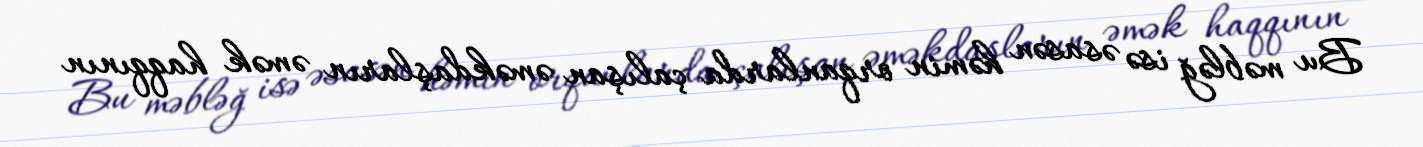
Bu məbləğ isə əsasən həmin orqanlarda çalışan əməkdaşların əmək haqqının